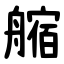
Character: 䑿